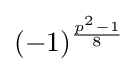
(-1)^{\frac {p^{2}-1}{8}}